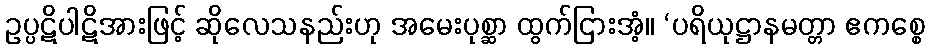
ဥပ္ပဋိပါဋိအားဖြင့် ဆိုလေသနည်းဟု အမေးပုစ္ဆာ ထွက်ငြားအံ့။ ‘ပရိယုဋ္ဌာနမတ္တာ ဧကစ္စေ